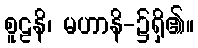
စူဠနိ၊ မဟာနိ-၌ရှိ၏။